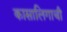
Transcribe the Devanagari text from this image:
कासालिगाची